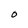
Character: O